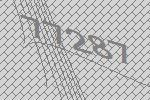
77287